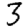
Digit: 3